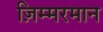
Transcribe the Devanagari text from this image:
ज़िम्मरमान